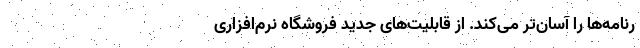
رنامه‌ها را آسان‌تر می‌کند. از قابلیت‌های جدید فروشگاه نرم‌افزاری